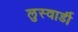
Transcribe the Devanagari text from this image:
लुस्वार्डी